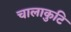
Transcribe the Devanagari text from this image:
चालाकुटि